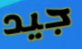
جيد